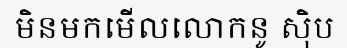
មិនមកមើលលោកនូ ស៊ិប